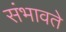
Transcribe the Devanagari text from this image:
संभावते